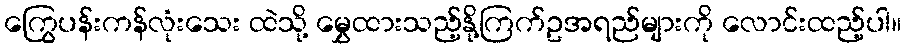
ကြွေပန်းကန်လုံးသေး ထဲသို့ မွှေထားသည့်နို့ကြက်ဥအရည်များကို လောင်းထည့်ပါ။